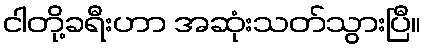
ငါတို့ခရီးဟာ အဆုံးသတ်သွားပြီ။